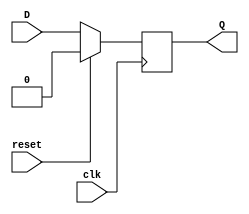
module d_ff_sync_reset (
    input wire D,         // Data input
    input wire clk,       // Clock input
    input wire reset,     // Reset input
    output reg Q          // Data output
);

always @ (posedge clk) begin
    if (reset) begin
        Q <= 1'b0;  // Reset to low, defined state
    end else begin
        Q <= D;     // Update output on clock rising edge
    end
end

endmodule